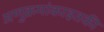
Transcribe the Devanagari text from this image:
अणुक्रमांकाइतकी